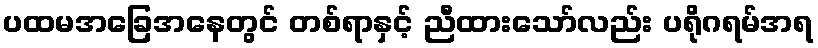
ပထမအခြေအနေတွင် တစ်ရာနှင့် ညီထားသော်လည်း ပရိုဂရမ်အရ